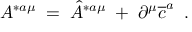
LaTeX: A ^ { * a \mu } \; = \; \hat { A } ^ { * a \mu } \; + \; \partial ^ { \mu } \overline { { { c } } } ^ { a } \; \; .